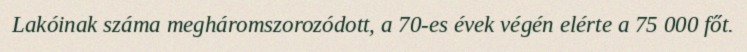
Lakóinak száma megháromszorozódott, a 70-es évek végén elérte a 75 000 főt.